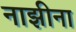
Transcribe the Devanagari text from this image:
नाझीना